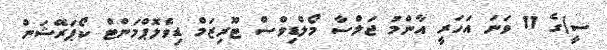
ސީ)ގެ 11 ވަނަ އަހަރީ އާންމު ޖަލްސާ މޯލްޑިވްސް ޓޫރިޒަމް ޑިވެލޮޕްމަންޓް ކޯޕަރޭޝަން